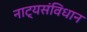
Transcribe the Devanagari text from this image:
नाट्यसंविधान